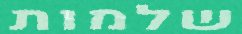
שלמות